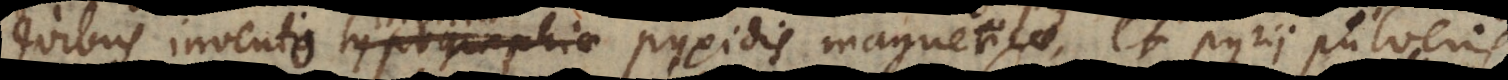
quibus invento typographiae pyxidis magneticae, et pyrii pulveris